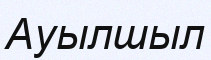
Ауылшыл